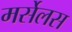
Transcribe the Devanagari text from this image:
मर्सेलस